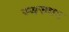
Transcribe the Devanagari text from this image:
स्वरुपम